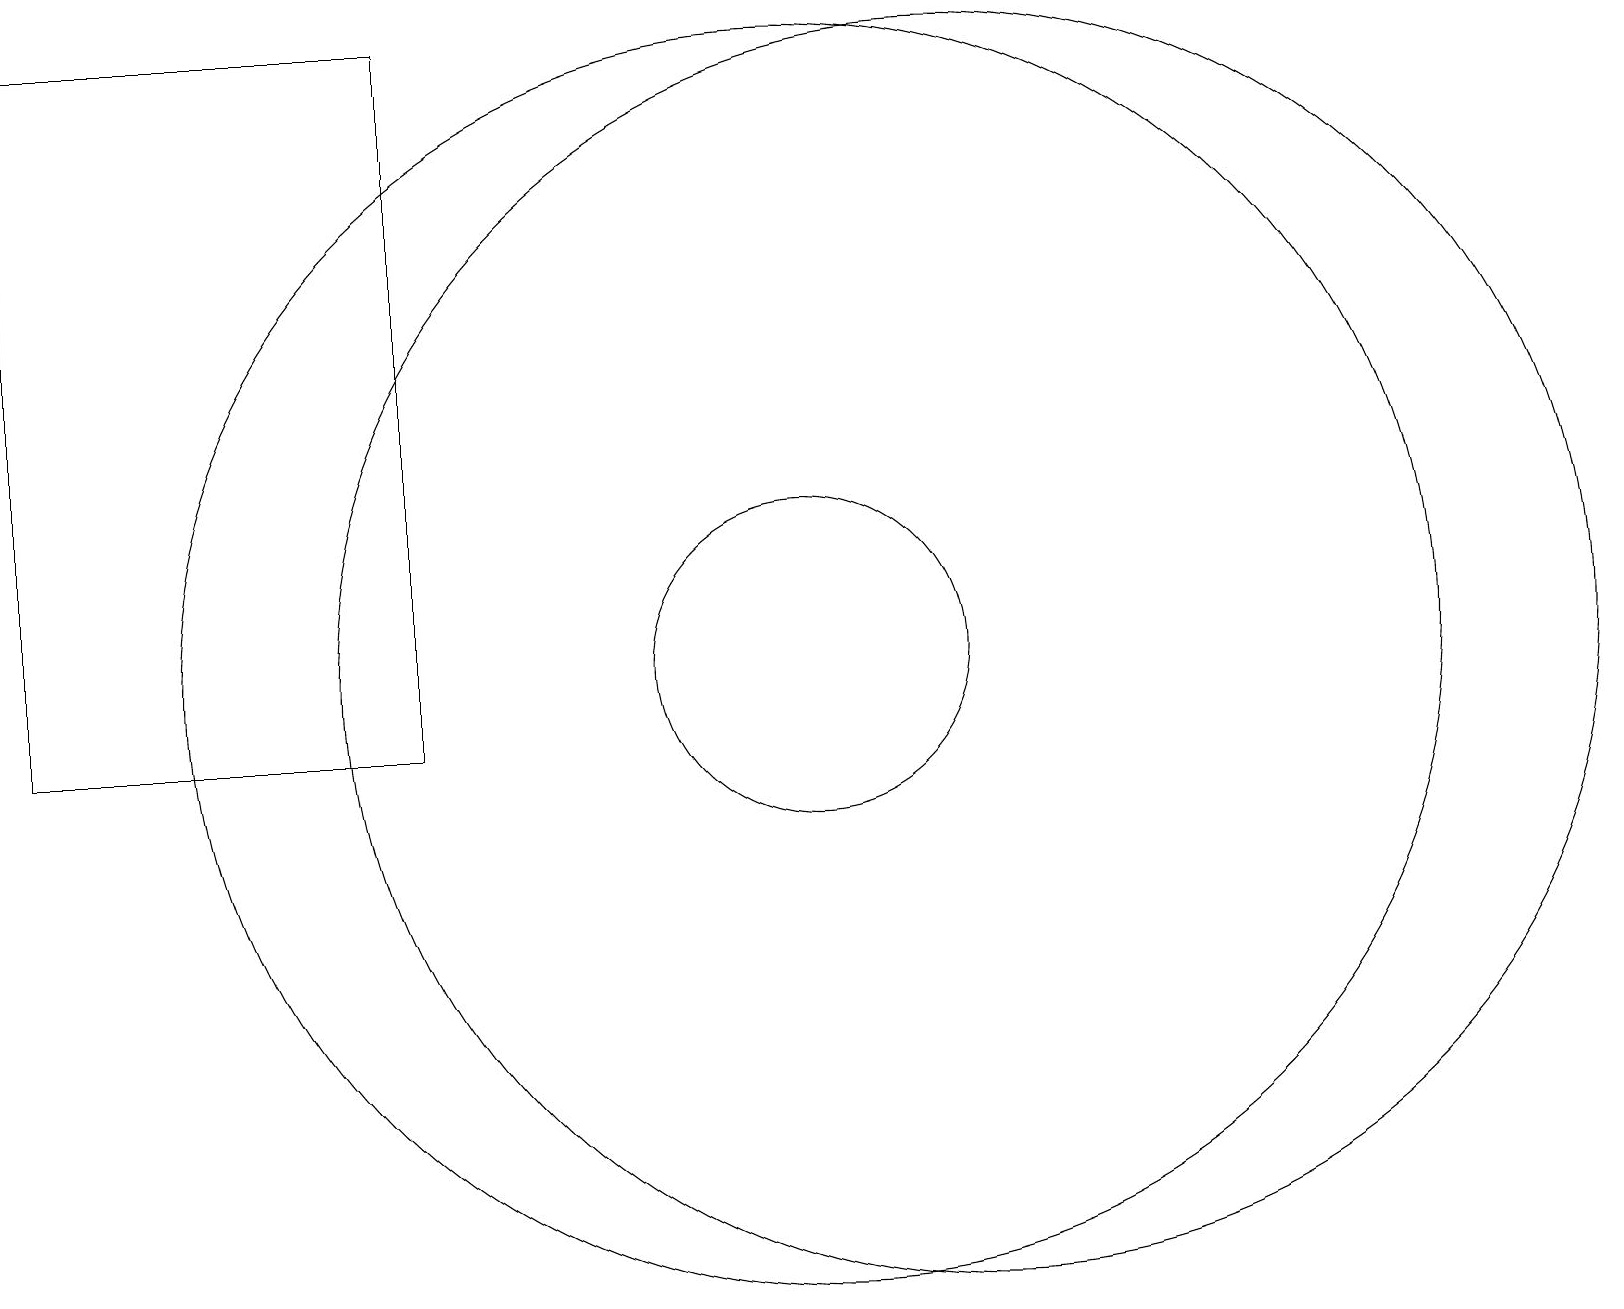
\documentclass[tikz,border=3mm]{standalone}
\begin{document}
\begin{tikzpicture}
\draw (0,10) rectangle (5,19);
\draw (12,11) circle (8);
\draw (10,11) circle (0);
\draw (10,11) circle (8);
\draw (10,11) circle (2);
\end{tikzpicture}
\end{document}